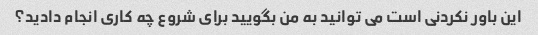
این باور نکردنی است می توانید به من بگویید برای شروع چه کاری انجام دادید؟